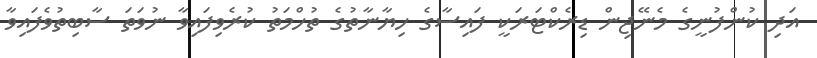
އަދި ކުންފުނީގެ މެނޭޖިން ޑިރެކްޓަރަކީ ފައިސާގެ ހިޔާނާތުގެ ތުހްމަތު ކުރެވިފައިވާ ނުވަތަ ސާބިތުވެފައިވާ